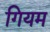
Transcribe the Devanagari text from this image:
गियम